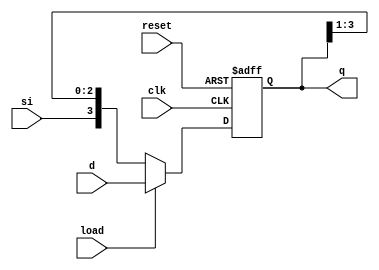
module shift_register(
    input clk,       
    input reset,  
    input load,   
    input [3:0] d,
    input si,   
    output reg [3:0] q 
    //formatting the modules inputs and outputs
);

	always @(posedge clk or posedge reset) begin
	        if (reset) begin
			q <= 4'b0000;  // Reset shift register on reset signal
		end else if (load) begin
			q<=d; //updates with the value of d?
		end else begin
			q<={si,q[3:1]}; //shift bits to right
		end
	end
endmodule